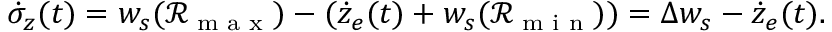
\dot { \sigma } _ { z } ( t ) = w _ { s } ( \mathcal { R } _ { \textrm { m a x } } ) - ( \dot { z } _ { e } ( t ) + w _ { s } ( \mathcal { R } _ { \textrm { m i n } } ) ) = \Delta w _ { s } - \dot { z } _ { e } ( t ) .